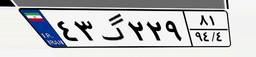
۴۳گ۲۲۹۸۱